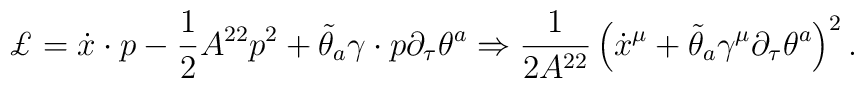
\pounds =\dot{x}\cdot p-\frac{1}{2}A^{22}p^{2}+\tilde{\theta}_{a}\gamma\cdot {p}\partial _{\tau }\theta ^{a}\Rightarrow \frac{1}{2A^{22}}\left( \dot{x}^{\mu }+\tilde{\theta}_{a}\gamma ^{\mu }\partial _{\tau }\theta^{a}\right) ^{2}.